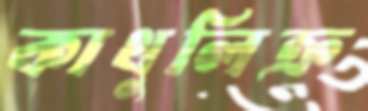
কাথুলিক্র